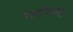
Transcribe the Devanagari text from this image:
गनपतिपुले